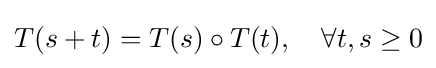
T(s+t)=T(s)\circ T(t),\quad \forall t,s\geq 0